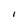
Character: I